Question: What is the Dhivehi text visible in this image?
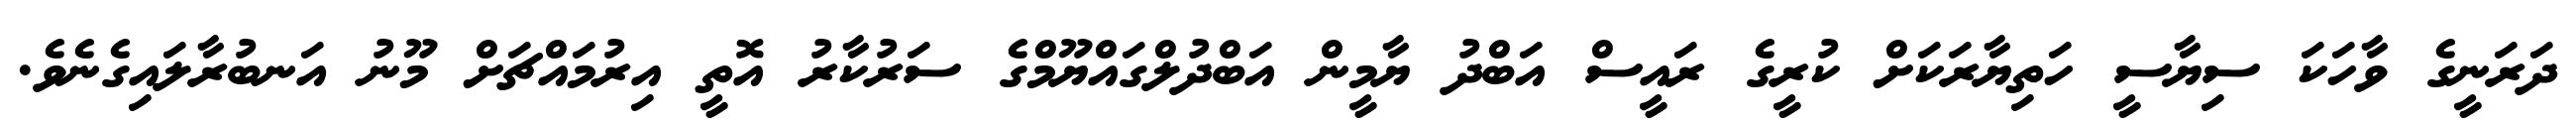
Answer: ދަރަނީގެ ވާހަކަ ސިޔާސީ ހަތިޔާރަކަށް ކުރީގެ ރައީސް އަބްދު ޔާމީން އަބްދުލްގައްޔޫމްގެ ސަރުކާރު އޮތީ އިރުމައްޗަށް މޫނު އަނބުރާލައިގެނެވެ.